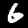
Digit: 6